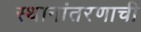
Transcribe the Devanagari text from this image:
स्थानांतरणाची